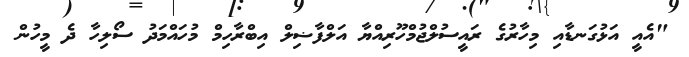
"އެއީ އަޅުގަނޑާއި މިހާރުގެ ރައީސުލްޖުމްހޫރިއްޔާ އަލްފާޟިލް އިބްރާހިމް މުހައްމަދު ސޯލިހާ ދެ މީހުން